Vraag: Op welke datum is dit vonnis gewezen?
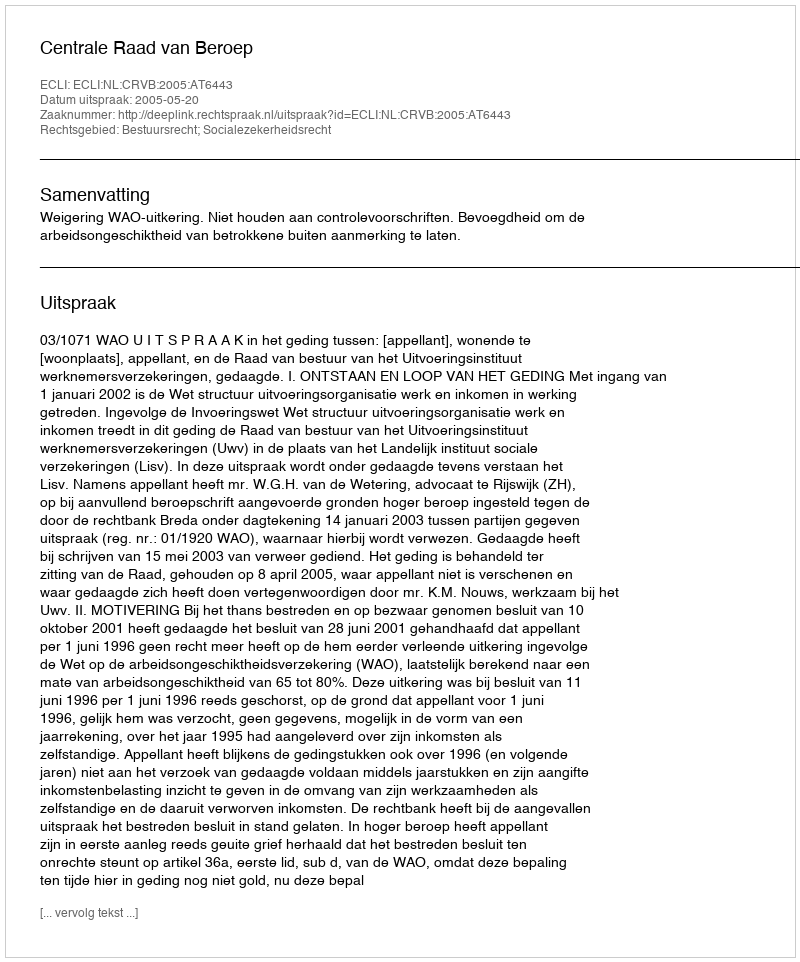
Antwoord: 2005-05-20